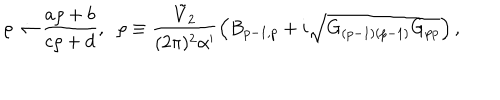
\rho \to \frac { a \rho + b } { c \rho + d } , \; \; \rho \equiv \frac { { \tilde { V } } _ { 2 } } { ( 2 \pi ) ^ { 2 } \alpha ^ { \prime } } \left( B _ { p - 1 , p } + i \sqrt { G _ { ( p - 1 ) ( p - 1 ) } G _ { p p } } \right) ,